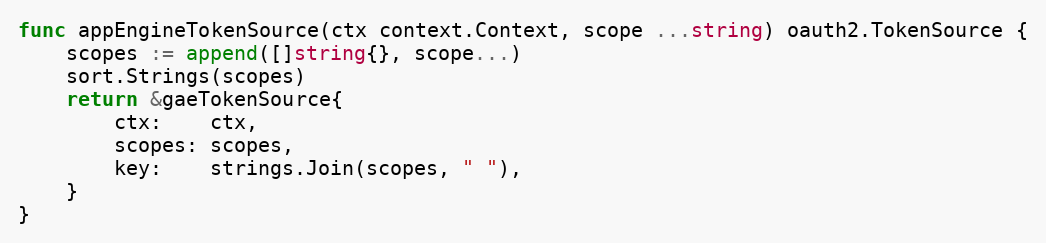
Language: Go
func appEngineTokenSource(ctx context.Context, scope ...string) oauth2.TokenSource {
	scopes := append([]string{}, scope...)
	sort.Strings(scopes)
	return &gaeTokenSource{
		ctx:    ctx,
		scopes: scopes,
		key:    strings.Join(scopes, " "),
	}
}